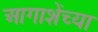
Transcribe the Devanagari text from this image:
आगाशेंच्या